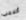
أتلاعب